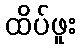
ထိပ်ဖူး